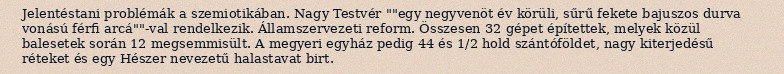
Jelentéstani problémák a szemiotikában. Nagy Testvér ""egy negyvenöt év körüli, sűrű fekete bajuszos durva vonású férfi arcá""-val rendelkezik. Államszervezeti reform. Összesen 32 gépet építettek, melyek közül balesetek során 12 megsemmisült. A megyeri egyház pedig 44 és 1/2 hold szántóföldet, nagy kiterjedésű réteket és egy Hészer nevezetű halastavat birt.